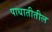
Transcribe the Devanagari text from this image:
पाधातीतील